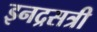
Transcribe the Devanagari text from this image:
इनद्रसत्री